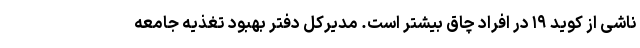
ناشی از کوید ۱۹ در افراد چاق بیشتر است. مدیرکل دفتر بهبود تغذیه جامعه